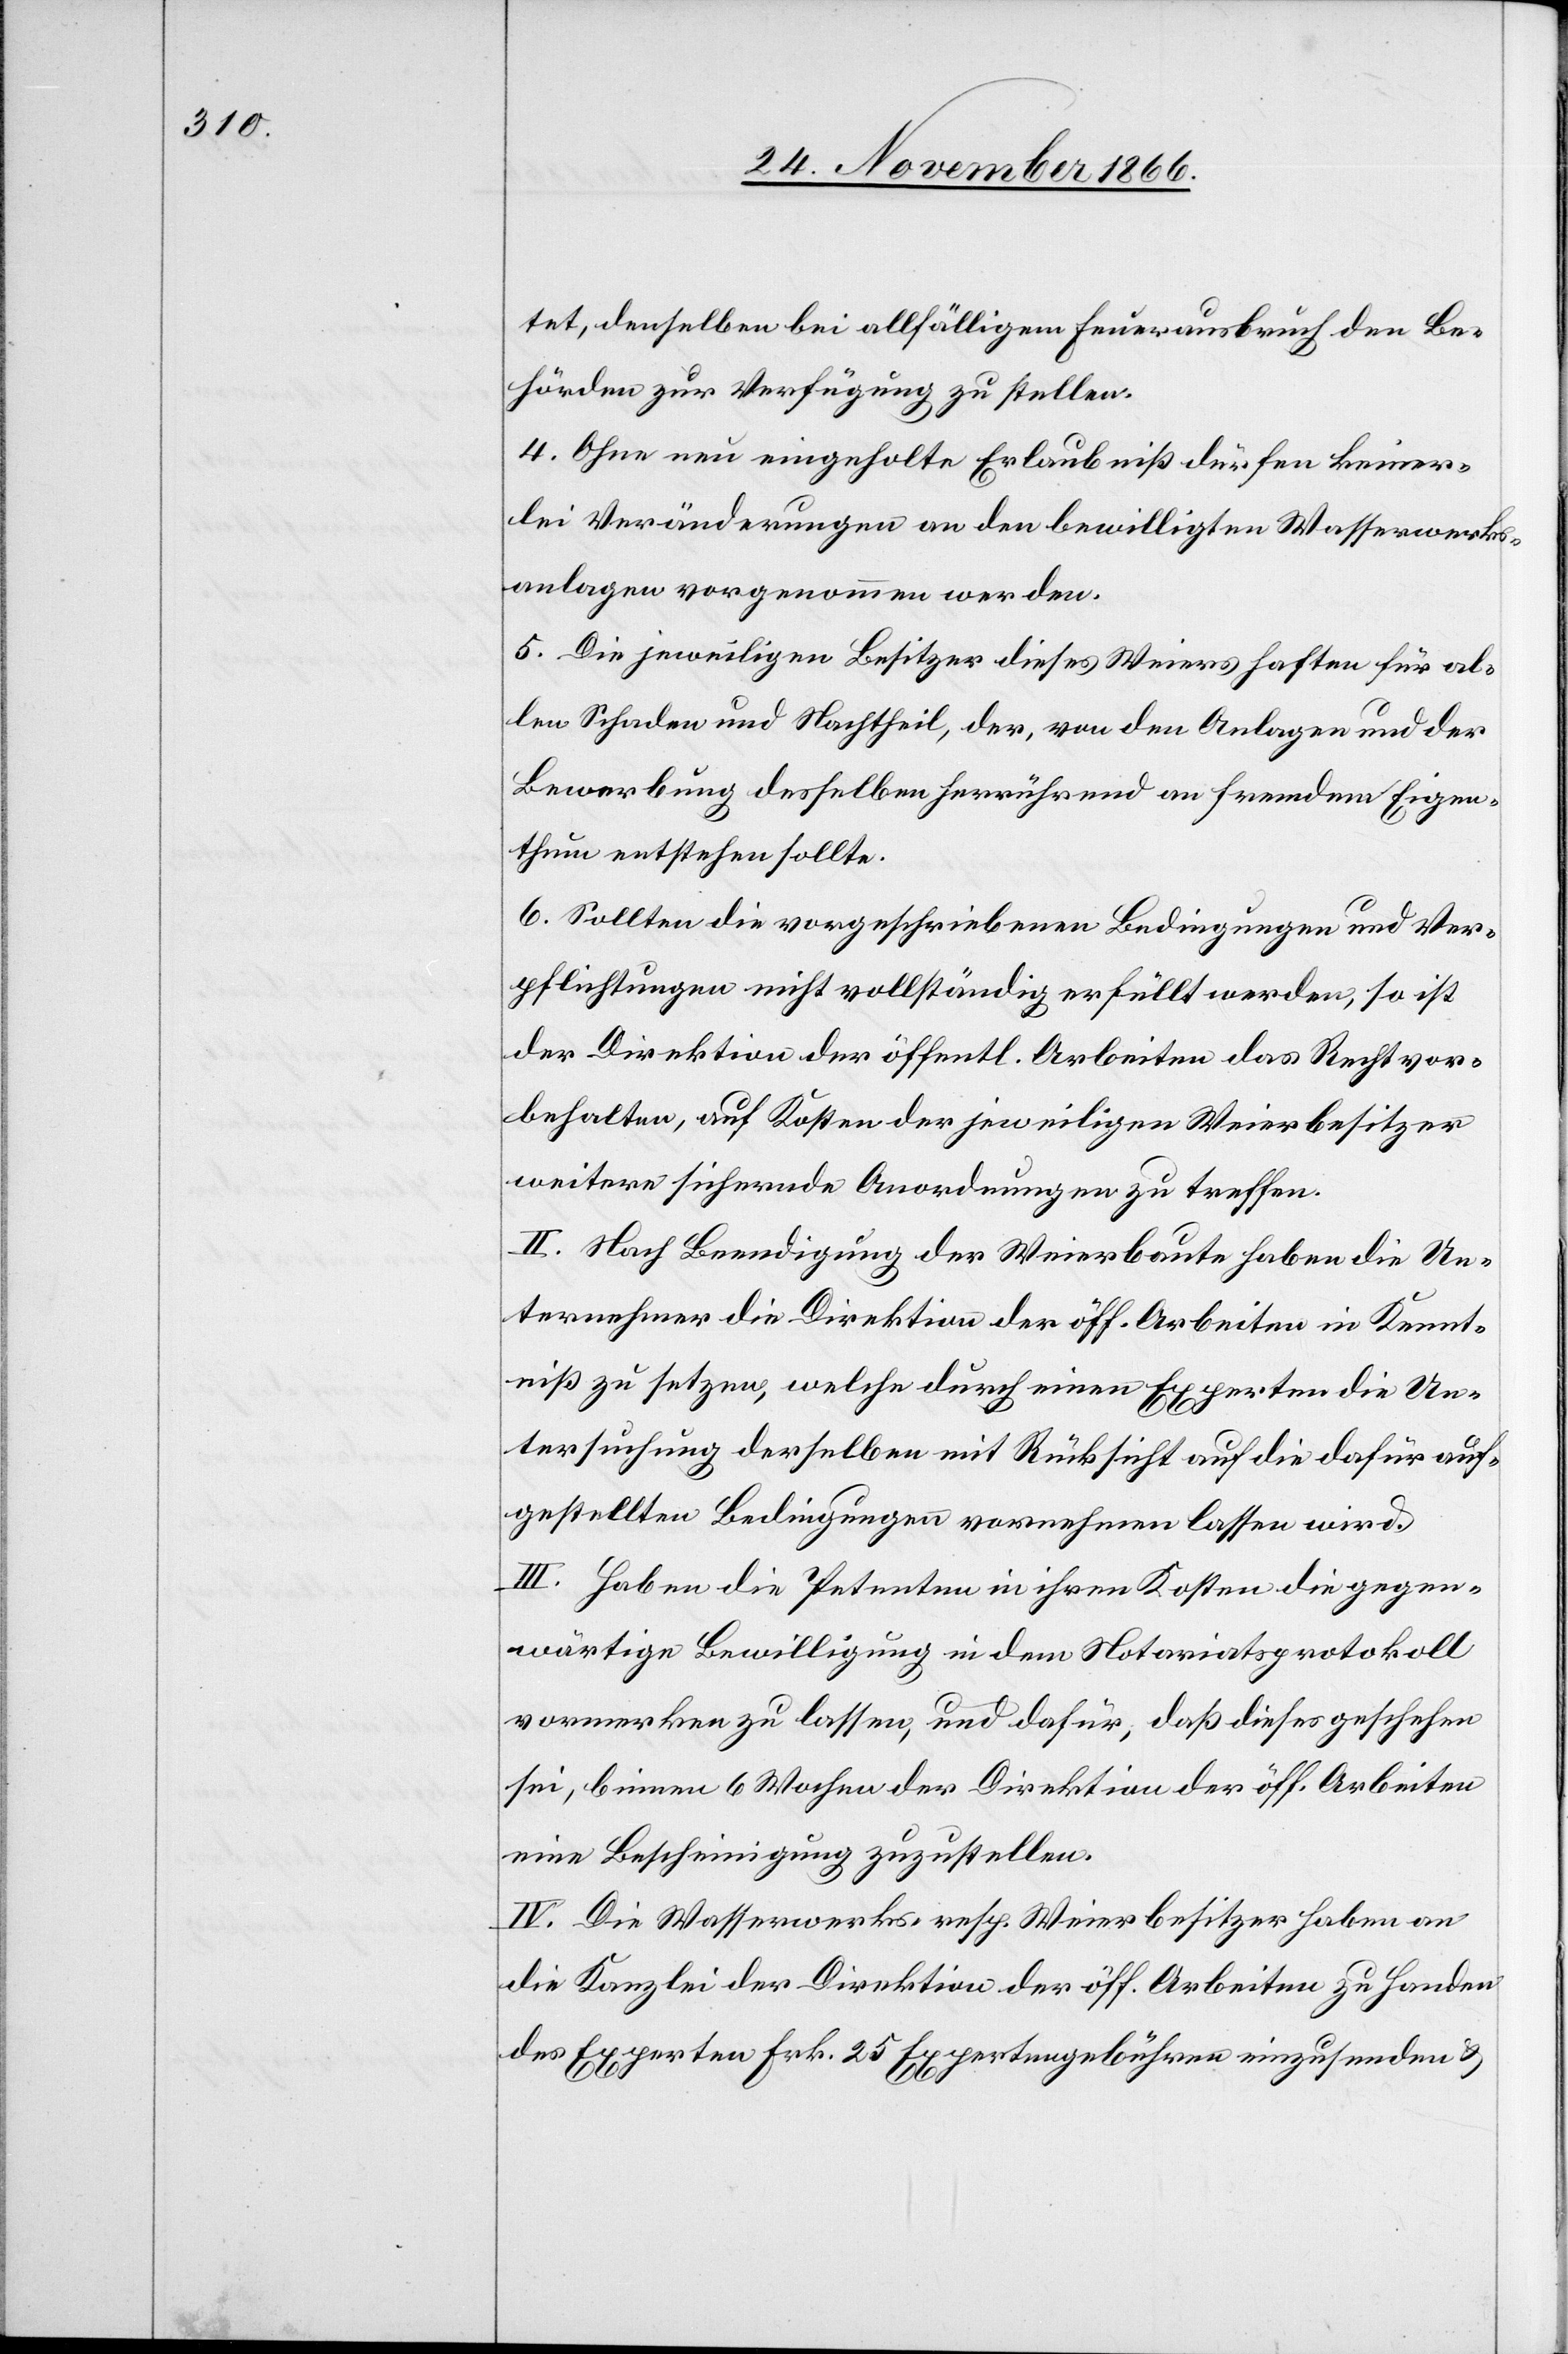
tet, denselben bei allfälligem Feuerausbruch den Be¬
hörden zur Verfügung zu stellen.
4. Ohne neu eingeholte Erlaubniß dürfen keiner¬
lei Veränderungen an den bewilligten Wasserwerks¬
anlagen vorgenommen werden.
5. Die jeweiligen Besitzer dieses Weiers haften für al¬
len Schaden und Nachtheil, der, von den Anlagen und der
Bewerbung desselben herrührend an fremdem Eigen¬
thum entstehen sollte.
6. Sollten die vorgeschriebenen Bedingungen und Ver¬
pflichtungen nicht vollständig erfüllt werden, so ist
der Direktion der öffentl. Arbeiten das Recht vor¬
behalten, auf Kosten der jeweiligen Weierbesitzer
weitere sichernde Anordnungen zu treffen.
II. Nach Beendigung der Weierbaute haben die Un¬
ternehmer die Direktion der öff. Arbeiten in Kennt¬
niß zu setzen, welche durch einen Experten die Un¬
tersuchung derselben mit Rücksicht auf die dafür auf¬
gestellten Bedingungen vornehmen lassen wird.
III. Haben die Petenten in ihren Kosten die gegen¬
wärtige Bewilligung in dem Notariatsprotokoll
vormerken zu lassen, und dafür, daß dieses geschehen
sei, binnen 6 Wochen der Direktion der öff. Arbeiten
eine Bescheinigung zuzustellen.
IV. Die Wasserwerks- resp. Weierbesitzer haben an
die Kanzlei der Direktion der öff. Arbeiten zu Handen
des Experten Frk. 25 Expertengebühren einzusenden &